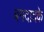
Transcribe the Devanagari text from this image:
बगदादके